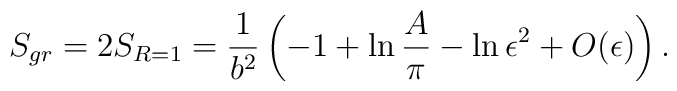
S_{gr} = 2S_{R=1} = {1\over b^2}\left( - 1 + \ln{{A\over\pi}} - \ln\epsilon^2 +O(\epsilon) \right).